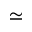
\simeq